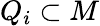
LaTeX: Q_{i}\subset M